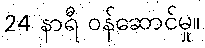
24 နာရီ ဝန်ဆောင်မှု။